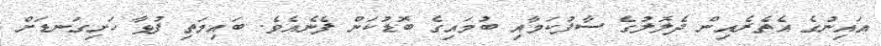
އައިނުގެ އެތެރެއިން ދެލޮލުގެ ސާފުކަމާއި ބުމައިގެ ބޮޑުކަން ފެނެއެވެ. ބައިމަތި ފުޅާ ހަށިގަނޑަށް